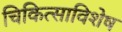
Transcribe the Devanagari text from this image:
चिकित्साविशेष